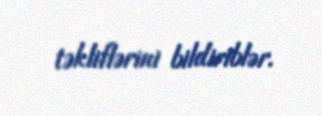
təkliflərini bildiriblər.